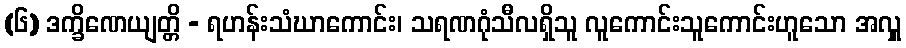
(၆) ဒက္ခိဏေယျတ္တိ - ရဟန်းသံဃာကောင်း၊ သရဏဂုံသီလရှိသူ လူကောင်းသူကောင်းဟူသော အလှူ